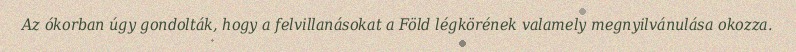
Az ókorban úgy gondolták, hogy a felvillanásokat a Föld légkörének valamely megnyilvánulása okozza.